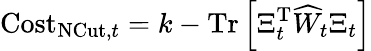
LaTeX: \mathrm{Cost}_{\textrm{NCut,}t}=k-\mathrm{Tr}\left[\Xi_{t}^{\textrm{T}}\widehat{W}_{t}\Xi_{t}\right]